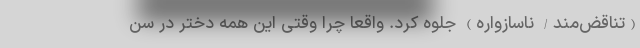
(تناقض‌مند/ ناسازواره) جلوه کرد. واقعا چرا وقتی این همه دختر در سن